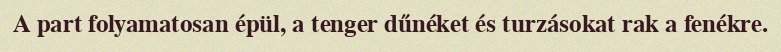
A part folyamatosan épül, a tenger dűnéket és turzásokat rak a fenékre.